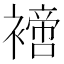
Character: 𧝐